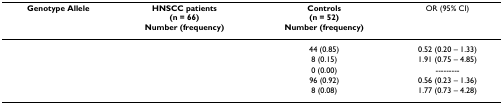
<table><thead><tr><td><b>Genotype Allele</b></td><td><b>HNSCC patients(n = 66)Number (frequency)</b></td><td><b>Controls(n = 52)Number (frequency)</b></td><td><b>OR (95% CI)</b></td></tr></thead><tbody><tr><td>[EMPTY_CELL]</td><td>[EMPTY_CELL]</td><td>44 (0.85)</td><td>0.52 (0.20 – 1.33)</td></tr><tr><td>[EMPTY_CELL]</td><td>[EMPTY_CELL]</td><td>8 (0.15)</td><td>1.91 (0.75 – 4.85)</td></tr><tr><td>[EMPTY_CELL]</td><td>[EMPTY_CELL]</td><td>0 (0.00)</td><td>---------</td></tr><tr><td>[EMPTY_CELL]</td><td>[EMPTY_CELL]</td><td>96 (0.92)</td><td>0.56 (0.23 – 1.36)</td></tr><tr><td>[EMPTY_CELL]</td><td>[EMPTY_CELL]</td><td>8 (0.08)</td><td>1.77 (0.73 – 4.28)</td></tr></tbody></table>